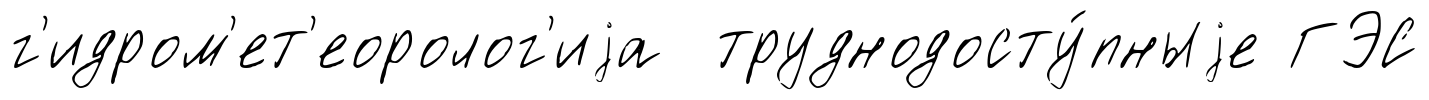
г'идром'ет'еоролог'иjа труднодосту́пныjе ГЭС